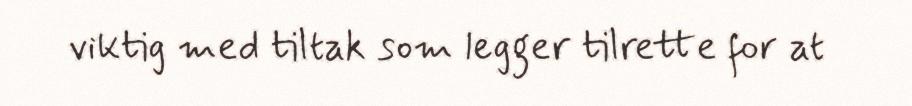
viktig med tiltak som legger tilrette for at